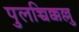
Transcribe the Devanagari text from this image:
पुलच्चिक्कल्लु